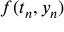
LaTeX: f ( t _ { n } , y _ { n } )